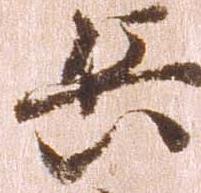
兵